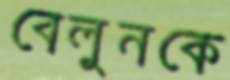
বেলুনকে